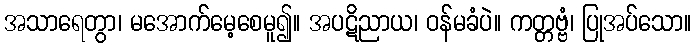
အသာရေတွာ၊ မအောက်မေ့စေမူ၍။ အပဋိညာယ၊ ဝန်မခံပဲ။ ကတ္တဗ္ဗံ၊ ပြုအပ်သော။